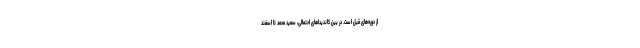
از دوره‌های قبل است. در بین کاندیداهای احتمالی، سعید محمد تا اسفند